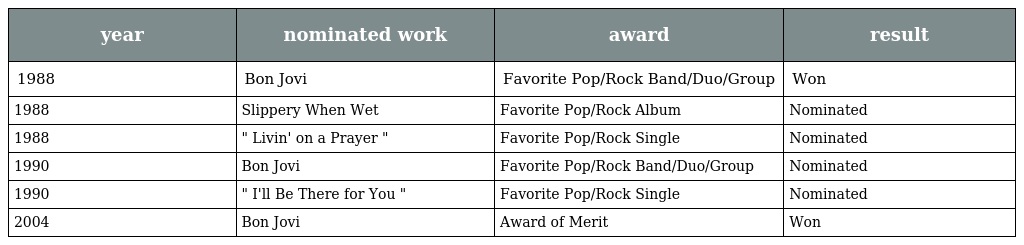
| year | nominated work | award | result |
 | --- | --- | --- | --- |
 | 1988 | Bon Jovi | Favorite Pop/Rock Band/Duo/Group | Won |
 | 1988 | Slippery When Wet | Favorite Pop/Rock Album | Nominated |
 | 1988 | " Livin' on a Prayer " | Favorite Pop/Rock Single | Nominated |
 | 1990 | Bon Jovi | Favorite Pop/Rock Band/Duo/Group | Nominated |
 | 1990 | " I'll Be There for You " | Favorite Pop/Rock Single | Nominated |
 | 2004 | Bon Jovi | Award of Merit | Won |